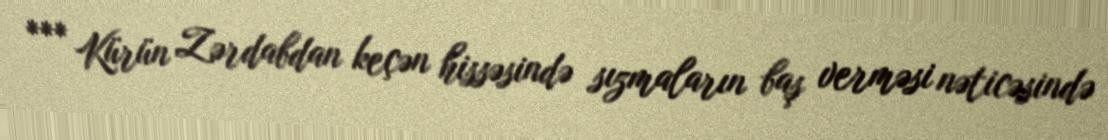
*** Kürün Zərdabdan keçən hissəsində sızmaların baş verməsi nəticəsində